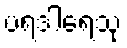
ပရဒါရေသု